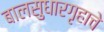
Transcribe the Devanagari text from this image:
बालसुधारगृहाचे